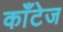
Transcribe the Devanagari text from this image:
काँटेज